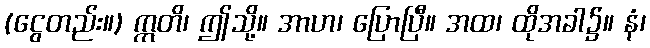
(ငွေတည်း။) ဣတိ၊ ဤသို့။ အာဟ၊ ပြောပြီ။ အထ၊ ထိုအခါ၌။ နံ၊